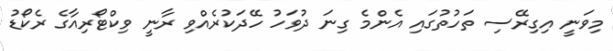
މިވަނީ އިގިރޭސި ތަހުތުގައި އެންމެ ގިނަ ދުވަހު ހޭދަކުރެއްވި ރާނީ ވިކްޓޯރިއާގެ ރެކޯޑު